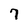
Character: 7